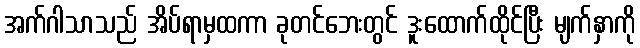
အက်ဂါသာသည် အိပ်ရာမှထကာ ခုတင်ဘေးတွင် ဒူးထောက်ထိုင်ပြီး မျက်နှာကို